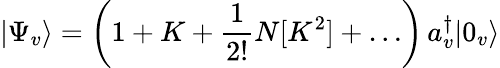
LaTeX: |\Psi_{v}\rangle=\left(1+K+\frac{1}{2!}N[K^{2}]+\ldots\right)\, a_{v}^{\dagger}|0_{v}\rangle